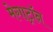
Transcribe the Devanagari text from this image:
मेगाट्रॉन